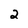
Character: 2